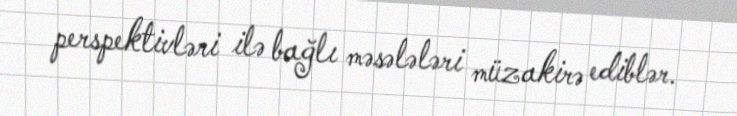
perspektivləri ilə bağlı məsələləri müzakirə ediblər.